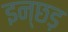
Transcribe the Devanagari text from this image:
इन्छड़